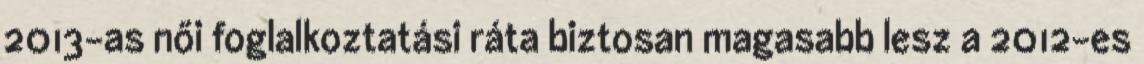
2013-as női foglalkoztatási ráta biztosan magasabb lesz a 2012-es